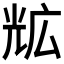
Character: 𭀨